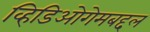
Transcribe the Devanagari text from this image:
व्हिडिओगेमबद्दल